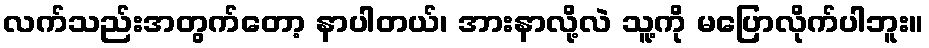
လက်သည်းအတွက်တော့ နာပါတယ်၊ အားနာလို့လဲ သူ့ကို မပြောလိုက်ပါဘူး။